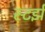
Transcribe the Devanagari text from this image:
स्टर्झ